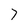
Character: 7